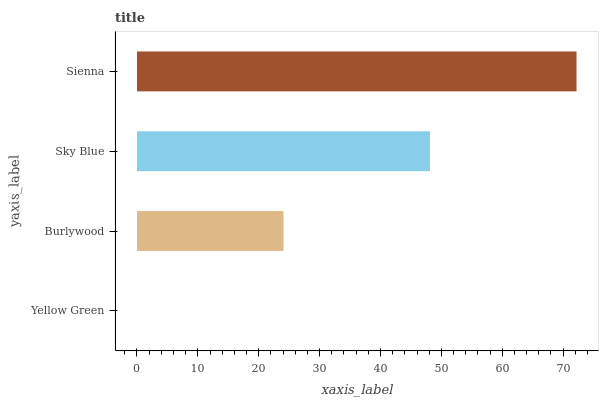
| yaxis_label | bars |
 | --- | --- |
 | Yellow Green | 0 |
 | Burlywood | 24.1 |
 | Sky Blue | 48.1 |
 | Sienna | 72.2 |